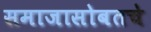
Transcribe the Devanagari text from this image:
समाजासोबतचे